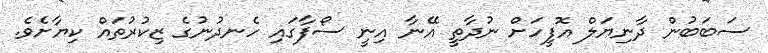
ސަބަބުން ދާނިޔަލް އޮފީހަށް ނުދާތީ އޭނާ އިނީ ސޯފާގައި ހެނދުނުގެ ޒިކުރުތައް ކިޔާށެވެ.